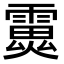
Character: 𩅏